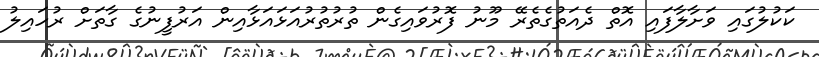
ކަކުލުގައި ވަށާލާފައި އޮތް ދެއަތުގެތެރޭ މޫނު ފޮރުވައިގެން ތުރުތުރުއަޅައަޅާއިން އަރުފީނުގެ ގާތަށް ރުހައިލު